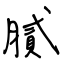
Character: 膩